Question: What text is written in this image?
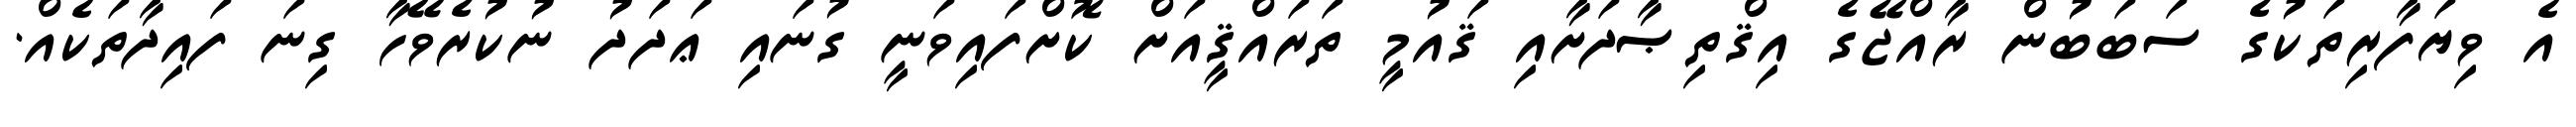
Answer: އެ ވިޔަފާރިތަކުގެ ސަބަބުން ރާއްޖޭގެ އިޤްތިޞާދަށާއި ޤައުމީ ތަރައްޤީއަށް ކޮށްފައިވަނީ ގުނައި ޢަދަދު ނުކުރެވޭހާ ގިނަ ފައިދާތަކެއް.